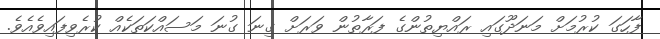
ފާހަގަ ކުރުމަށް މަނަދޫގައި ރައްޔިތުންގެ ފަރާތުން ވަރަށް ގިނަ ގުނަ މަސައްކަތަކެއް ކުރެވިފައިވެއެވެ.